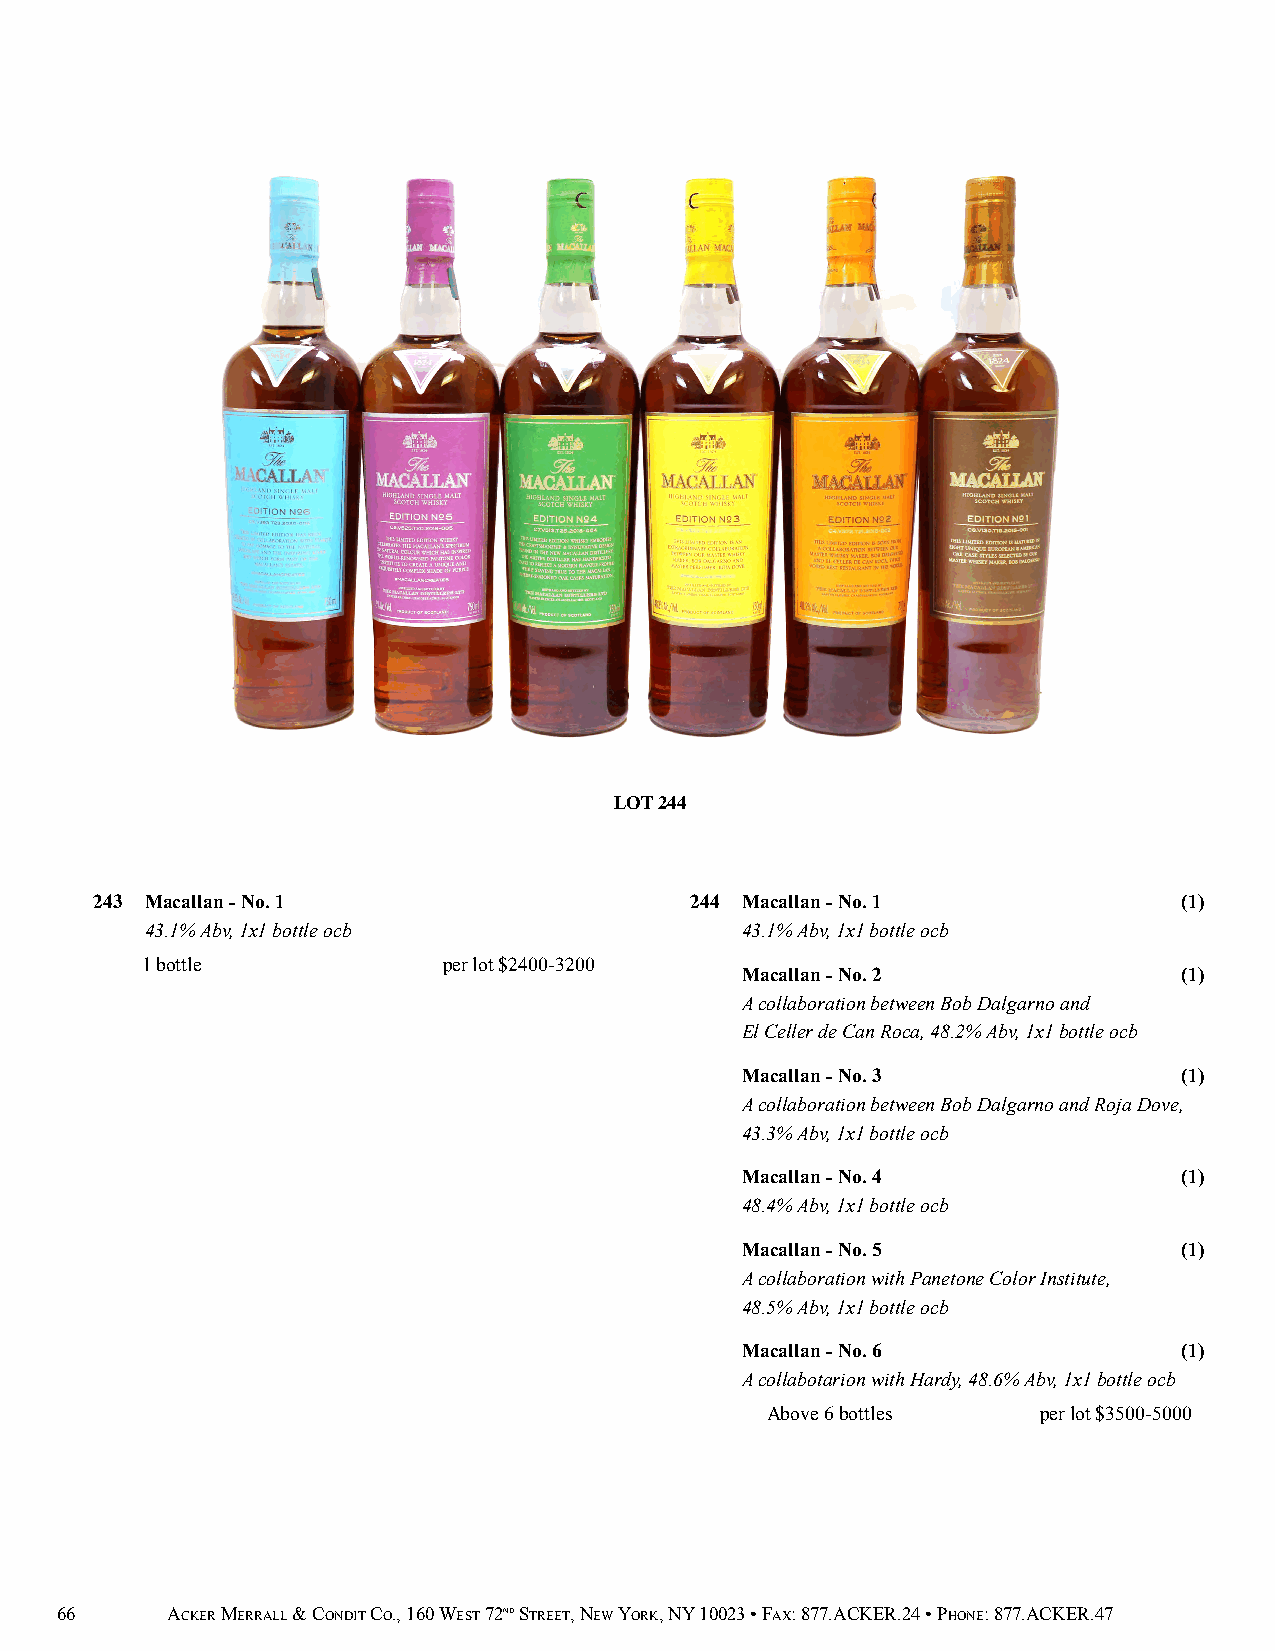
LOT 244
 243 Macallan - No. 1                    244 Macallan - No. 1            (1)
 43.1% Abv, 1x1 bottle ocb              43.1% Abv, 1x1 bottle ocb
 1 bottle            per lot $2400-3200
 Macallan - No. 2             (1)
 A collaboration between Bob Dalgarno and
 El Celler de Can Roca, 48.2% Abv, 1x1 bottle ocb
 Macallan - No. 3             (1)
 A collaboration between Bob Dalgarno and Roja Dove,
 43.3% Abv, 1x1 bottle ocb
 Macallan - No. 4             (1)
 48.4% Abv, 1x1 bottle ocb
 Macallan - No. 5             (1)
 A collaboration with Panetone Color Institute,
 48.5% Abv, 1x1 bottle ocb
 Macallan - No. 6             (1)
 A collabotarion with Hardy, 48.6% Abv, 1x1 bottle ocb
 Above 6 bottles   per lot $3500-5000
 66     ACKER MERRALL & CONDIT CO., 160 WEST 72ND STREET, NEW YORK, NY 10023 • FAX: 877.ACKER.24 • PHONE: 877.ACKER.47